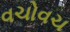
વચોવચ